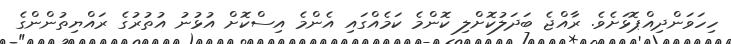
ހިހަވަންދިއްޕޮޅަށެވެ. ރާއްޖެ ބަދަލުކޮށްލި ކޮންމެ ކަމެއްގައި އެންމެ އިސްކޮށް އުޅުނު އުތުރުގެ ރައްޔިތުންންގެ